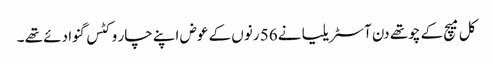
کل میچ کے چوتھے دن آسٹریلیا نے 56 رنوں کے عوض اپنے چار وکٹس گنوا دئے تھے ۔